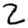
Digit: 2